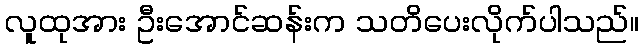
လူထုအား ဦးအောင်ဆန်းက သတိပေးလိုက်ပါသည်။